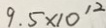
9 . 5 \times 1 0 ^ { 1 2 }